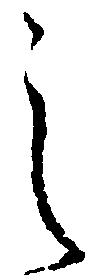
之